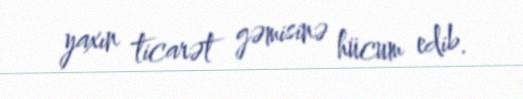
yaxın ticarət gəmisinə hücum edib.